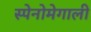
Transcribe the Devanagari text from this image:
स्पेनोमेगाली